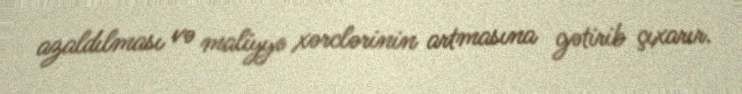
azaldılması və maliyyə xərclərinin artmasına gətirib çıxarır.